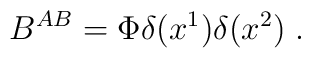
B^{AB}=\Phi \delta (x^{1})\delta (x^{2})\;.